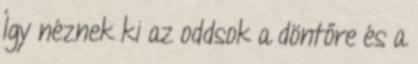
Így néznek ki az oddsok a döntőre és a